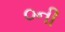
૦ની